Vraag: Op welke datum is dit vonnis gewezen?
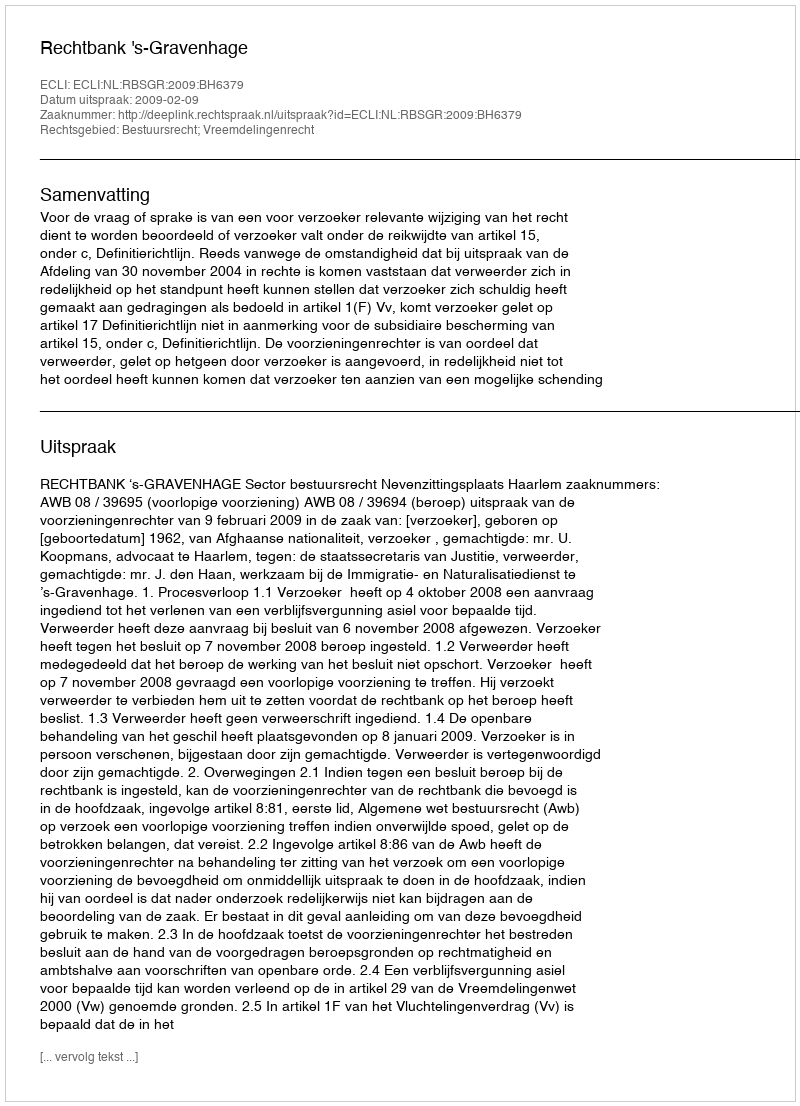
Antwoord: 2009-02-09